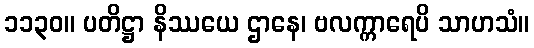
၁၁၃၀။ ပတိဋ္ဌာ နိဿယေ ဌာနေ၊ ဗလက္ကာရေပိ သာဟသံ။